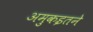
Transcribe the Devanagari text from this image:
अमुकइतने